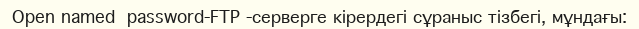
Open named  password-FTP -серверге кірердегі сұраныс тізбегі, мұндағы: